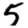
Digit: 5